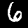
Digit: 6